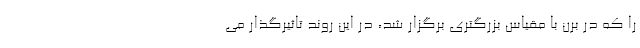
را که در برن با مقیاس بزرگتری برگزار شد، در این روند تاثیرگذار می